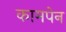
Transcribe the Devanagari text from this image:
कामपेन